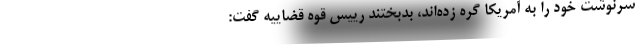
سرنوشت خود را به آمریکا گره زده‌اند، بدبختند رییس قوه قضاییه گفت: